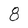
Character: 8